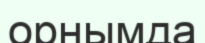
орнымда